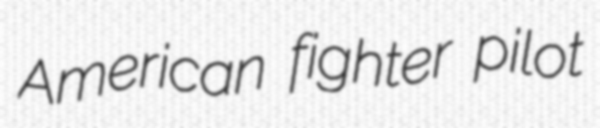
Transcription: American fighter pilot